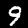
Label: 9